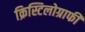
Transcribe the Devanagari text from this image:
क्रिस्टिलोग्राफी